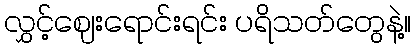
လွှင့်ဈေးရောင်းရင်း ပရိသတ်တွေနဲ့။